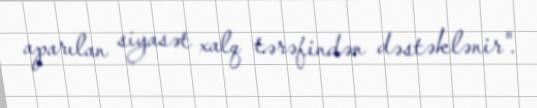
aparılan siyasət xalq tərəfindən dəstəklənir".